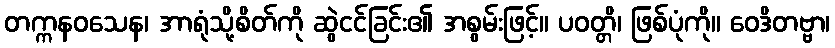
တက္ကနဝသေန၊ အာရုံသို့စိတ်ကို ဆွဲငင်ခြင်း၏ အစွမ်းဖြင့်။ ပဝတ္တိ၊ ဖြစ်ပုံကို။ ဝေဒိတဗ္ဗာ၊